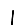
Digit: 1